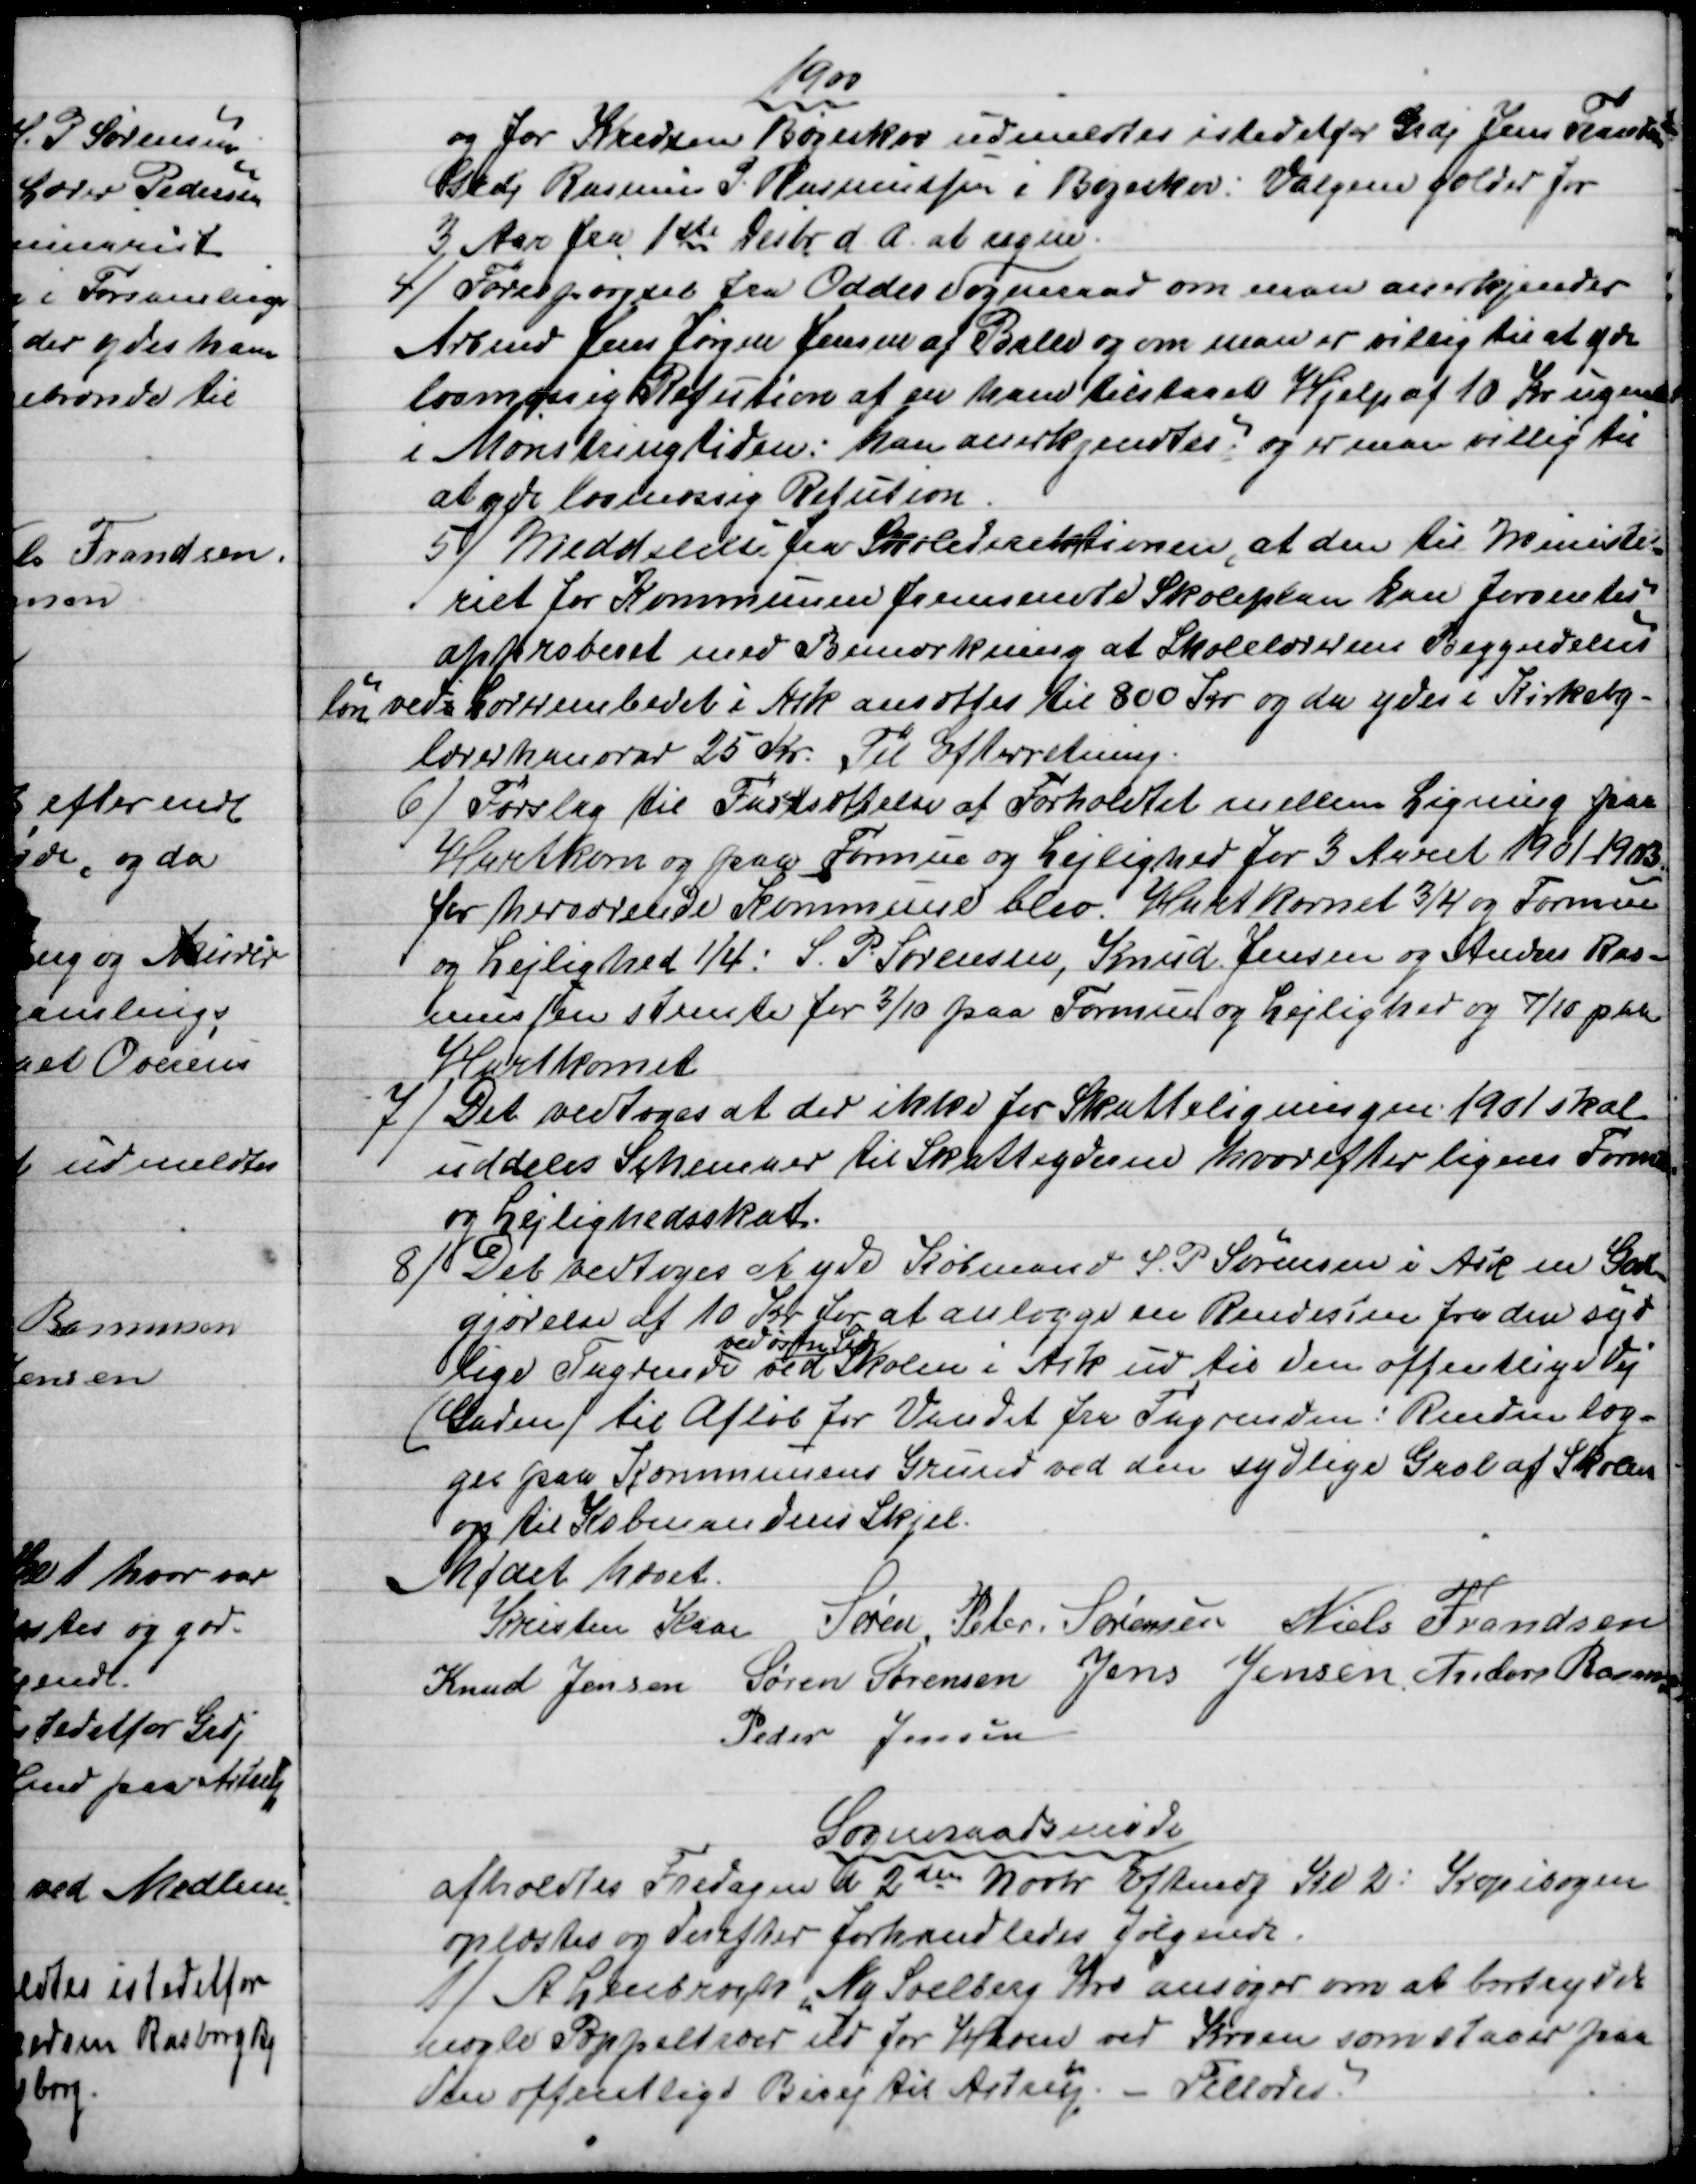
Transskription:
1900
og for Kredsen Bøgeskov udmeldtes istedetfor Grdj Jens Frandsen
Grdj Rasmus P. Rasmussen i Bøgeskov. Valgene gælder for
3 Aar fra 1ste Decbr. d. A. at regne.
4)
Forespørgsel fra Odder Sogneraad om man anerkjender
Arbmd Jens Jørgen Jensen af Ballen og om man er villig til at yde
lovmæssig Refution af en han tilstaaet Hjelp af 10 Kr ugenl
i Mønstringtiden: han anerkjendtes, og er man villig til
at yde lovmæssig Refution.
5)
Meddelelse fra Skoledirektionen, at den til Ministe-
riet for Kommunen fremsendte Skoleplan kan forventes
approberet med Bemærkning af Skolelærerens Begyndelses
løn ved Lærerembedet i Ask ansættes til 800 Kr og da ydes i Kirkeby-
lærer honorar 25 Kr. Til Efterretning.
6)
Forslag til Fastsættelse af Forholdet mellem Ligning paa
Hartkorn og paa Formue og Lejlighed for 3 Aaret 1901-1903.
for herværende Kommune blev Hartkornet ¾ og Formue
og Lejlighed ¼: S. P. Sørensen, Knud Jensen og Anders Ras-
mussen stemte for 3/10 paa Formue og Lejlighed og 7/10 paa
Hartkornet
7)
Det vedtoges at der ikke for Skatteligningen 1901 skal
uddeles Schemaer til Skatteyderne hvorefter lignes Formue
og Lejlighedsskat.
8)
Det vedtoges at yde Købmand S. P. Sørensen i Ask en Godt-
gørelse af 10 Kr for at anlægge en Rendesten fra den syd
lige Tagrende
ved østn Side
ved Skolen i Ask ud til den offentlige Vej
(Gaden til Afløb for Vandet fra Tagrenden: Renden læg-
ges paa Kommunens Grund ved den sydlige Gavl af Skolen
op til Købmandens Skjel.
Mødet hævet.
Kristen Kaae Søren. Peter. Sørensen Niels Frandsen
Knud Jensen Søren Sørensen Jens Jensen Anders Rasm
Peder Jensen
Sogneraadsmøde
afholdtes Fredagen d 2den Novbr Eftmdg Kl 2. Kopibogen
oplæstes og derefter forhandledes følgende.
1)
Andragende "Ny Soelberg Kro" ansøger om at bortrydde
nogle Poppeltræer ud for Haven ved Kroen som staaer paa
den offentlige Bivej til Astrup. - Tillodes.